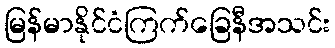
မြန်မာနိုင်ငံကြက်ခြေနီအသင်း